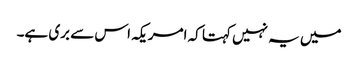
میں یہ نہیں کہتا کہ امریکہ اس سے بری ہے۔